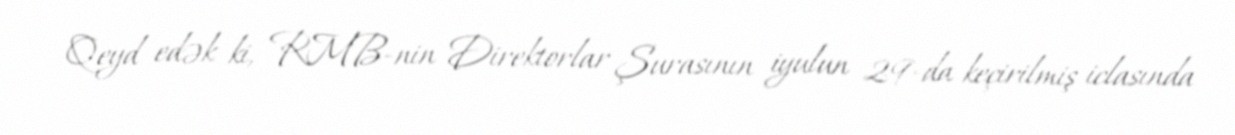
Qeyd edək ki, RMB-nin Direktorlar Şurasının iyulun 29-da keçirilmiş iclasında